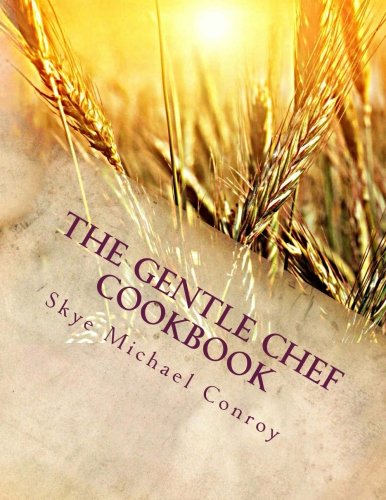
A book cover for The Gentle Chef Cookbook: Vegan Cuisine for the Ethical Gourmet; Skye Michael Conroy; Cookbooks, Food & Wine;